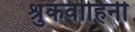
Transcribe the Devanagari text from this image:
श्रुकवाहिनी